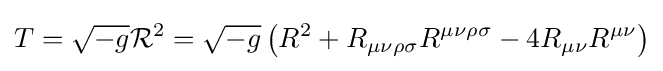
T={\sqrt {-g}}{\mathcal {R}}^{2}={\sqrt {-g}}\left(R^{2}+R_{\mu \nu \rho \sigma }R^{\mu \nu \rho \sigma }-4R_{\mu \nu }R^{\mu \nu }\right)